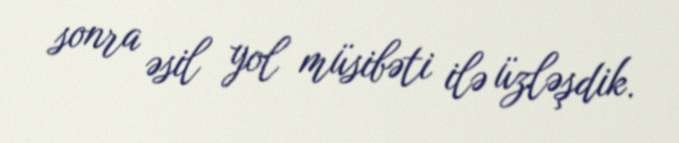
sonra əsil yol müsibəti ilə üzləşdik.